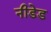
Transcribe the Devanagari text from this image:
नीडेड